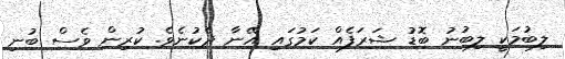
ލިބުމަކީ ލިބުނު ބޮޑު ޝަރަފެއް ކަމުގައި އޭނާ ދެކުނެވެ. ކުރިން ވެސް ބުނި